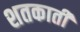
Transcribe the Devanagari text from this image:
शतकाती